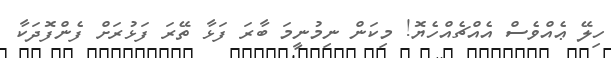
ހިލޭ ޢެއްވެސް އެއްޗެއްހެޔޮ! މިކަން ނިމުނީމަ ބާރަ ފަޅާ ތޭރަ ފަޅުރަށް ފެންފޮދަކާ